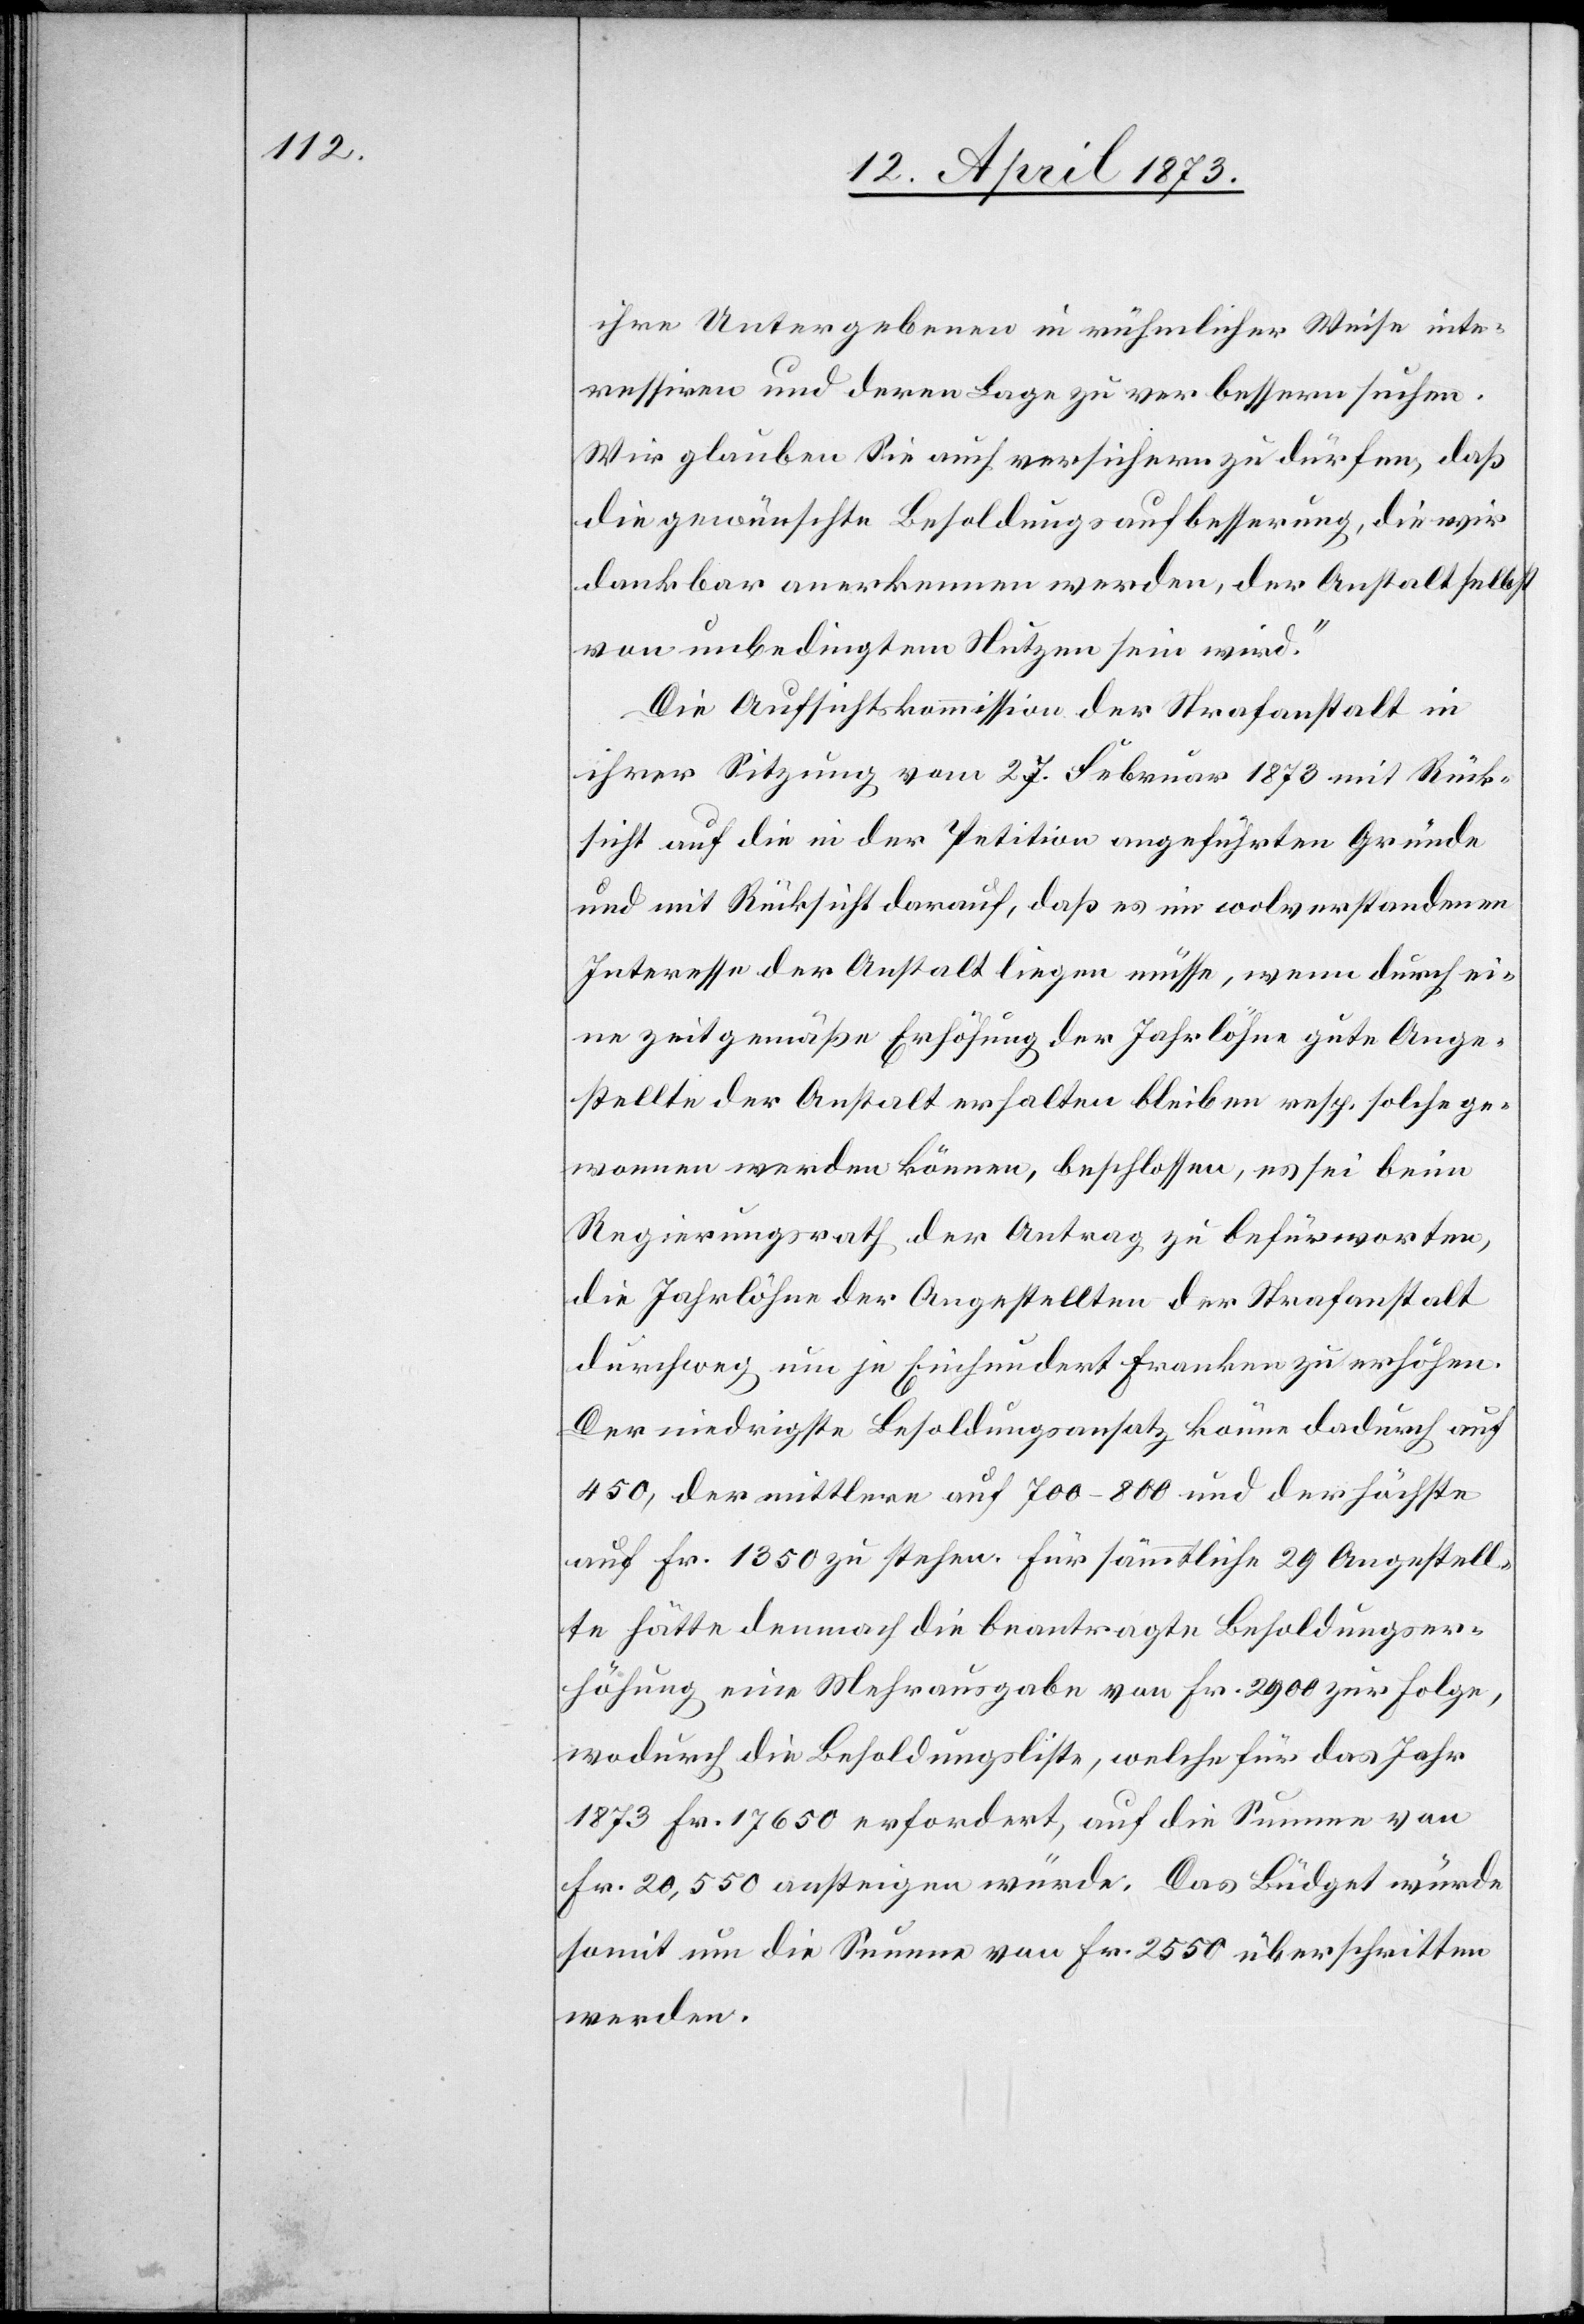
ihre Untergebenen in rühmlicher Weise inte¬
ressiren und deren Lage zu verbessern suchen.
Wir glauben Sie auch versichern zu dürfen, daß
die gewünschte Besoldungsaufbesserung, die wir
dankbar anerkennen werden, der Anstalt selbst
von unbedingtem Nutzen sein wird.“
Die Aufsichtskommission der Strafanstalt in
ihrer Sitzung vom 27. Februar 1873 mit Rück¬
sicht auf die in der Petition angeführten Gründe
und mit Rücksicht darauf, daß es im wolverstandenen
Interesse der Anstalt liegen müsse, wenn durch ei¬
ne zeitgemäße Erhöhung der Jahrlöhne gute Ange¬
stellte der Anstalt erhalten bleiben resp. solche ge¬
wonnen werden können, beschlossen, es sei beim
Regierungsrath der Antrag zu befürworten,
die Jahrlöhne der Angestellten der Strafanstalt
durchweg um je Einhundert Franken zu erhöhen.
Der niedrigste Besoldungsansatz könne [sic!] dadurch auf
450, der mittlere auf 700–800 und der höchste
auf Fr. 1350 zu stehen. Für sämmtliche 29 Angestell¬
te hätte demnach die beantragte Besoldungser¬
höhung eine Mehrausgabe von Fr. 2900 zur Folge,
wodurch die Besoldungsliste, welche für das Jahr
1873 Fr. 17650 erfordert, auf die Summe von
Fr. 20,550 ansteigen würde. Das Büdget würde
somit um die Summe von Fr. 2550 überschritten
werden.